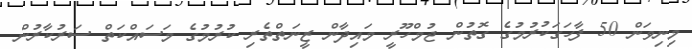
މިނިވަން 50 ފާހަގަކުރުމުގެ ގޮތުން ޖުމްހޫރީ މައިދާން ޒީނަތްތެރި ކުރުމުގެ މަސައްކަތް ސަރުކާރުން